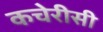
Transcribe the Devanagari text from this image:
कचेरीसी